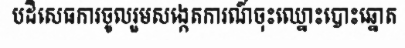
បដិសេធការចូលរួមសង្កេតការណ៍ចុះឈ្នោះបោះឆ្នោត